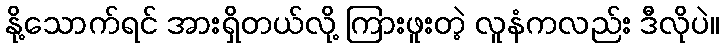
နို့သောက်ရင် အားရှိတယ်လို့ ကြားဖူးတဲ့ လူနံကလည်း ဒီလိုပဲ။